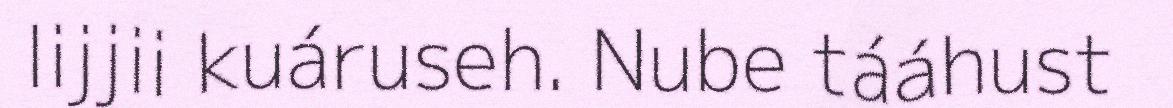
lijjii kuáruseh. Nube tááhust